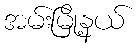
အမ်းမြို့နယ်